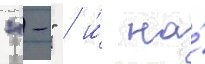
"-" / и́ на́